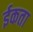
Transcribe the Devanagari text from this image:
ईकता